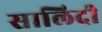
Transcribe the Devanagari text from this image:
सालिदी